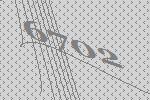
6702